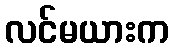
လင်မယားက